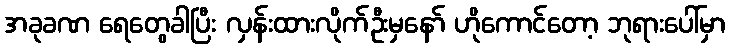
အခုခဏ ရေတွေခါပြီး လှန်းထားလိုက်ဦးမှနော် ဟိုကောင်တော့ ဘုရားပေါ်မှာ